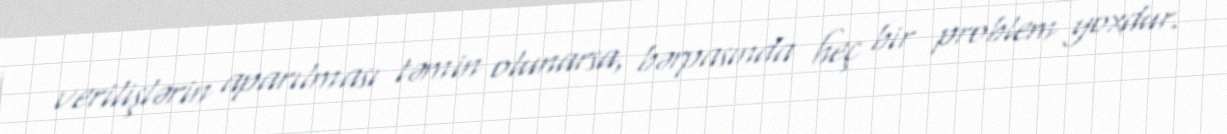
verilişlərin aparılması təmin olunarsa, bərpasında heç bir problem yoxdur.